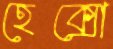
হেক্সো